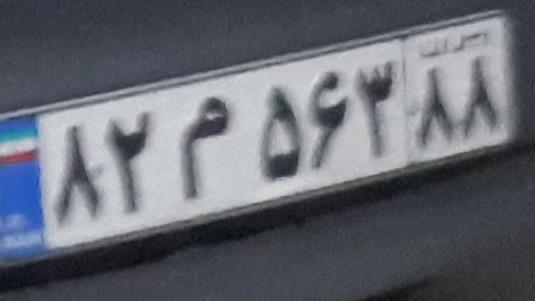
۸۲م۵۶۳۸۸